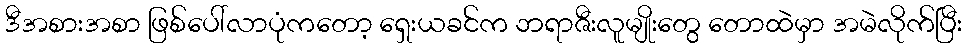
ဒီအစားအစာ ဖြစ်ပေါ်လာပုံကတော့ ရှေးယခင်က ဘရာဇီးလူမျိုးတွေ တောထဲမှာ အမဲလိုက်ပြီး